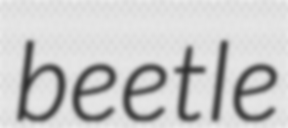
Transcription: beetle